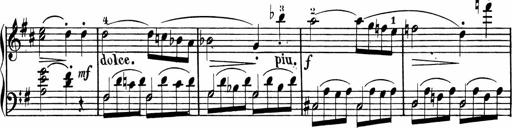
Title: Rosen ohne Dornen
Composer: Gustav Lange